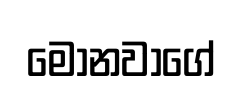
මොනවාගේ